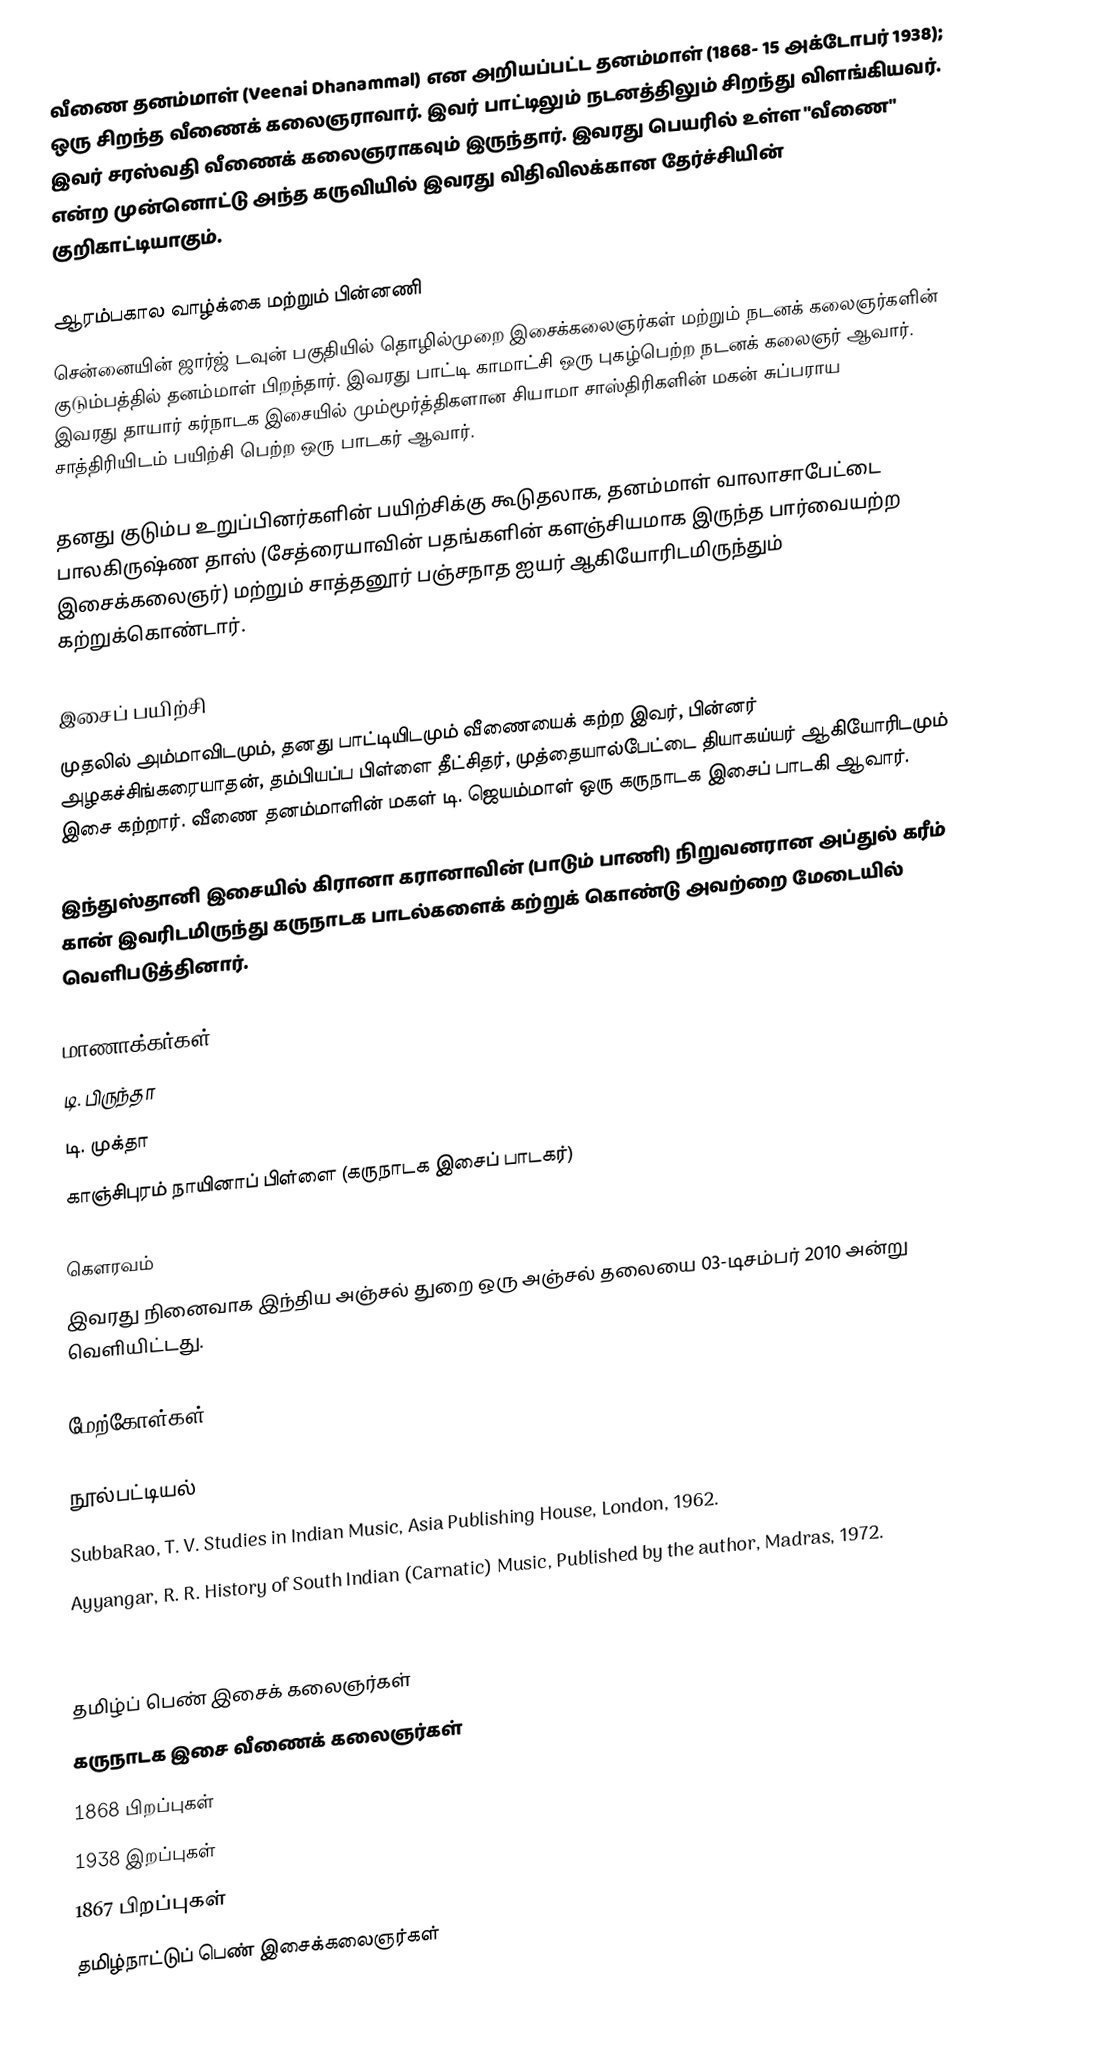
வீணை தனம்மாள் (Veenai Dhanammal) என அறியப்பட்ட தனம்மாள் (1868- 15 அக்டோபர் 1938); ஒரு சிறந்த வீணைக் கலைஞராவார். இவர் பாட்டிலும் நடனத்திலும் சிறந்து விளங்கியவர். இவர் சரஸ்வதி வீணைக் கலைஞராகவும் இருந்தார். இவரது பெயரில் உள்ள "வீணை" என்ற முன்னொட்டு அந்த கருவியில் இவரது விதிவிலக்கான தேர்ச்சியின் குறிகாட்டியாகும்.

ஆரம்பகால வாழ்க்கை மற்றும் பின்னணி
சென்னையின் ஜார்ஜ் டவுன் பகுதியில் தொழில்முறை இசைக்கலைஞர்கள் மற்றும் நடனக் கலைஞர்களின் குடும்பத்தில் தனம்மாள் பிறந்தார். இவரது பாட்டி காமாட்சி ஒரு புகழ்பெற்ற நடனக் கலைஞர் ஆவார். இவரது தாயார் கர்நாடக இசையில் மும்மூர்த்திகளான சியாமா சாஸ்திரிகளின் மகன் சுப்பராய சாத்திரியிடம் பயிற்சி பெற்ற ஒரு பாடகர் ஆவார்.

தனது குடும்ப உறுப்பினர்களின் பயிற்சிக்கு கூடுதலாக, தனம்மாள் வாலாசாபேட்டை பாலகிருஷ்ண தாஸ் (சேத்ரையாவின் பதங்களின் களஞ்சியமாக இருந்த பார்வையற்ற இசைக்கலைஞர்) மற்றும் சாத்தனூர் பஞ்சநாத ஐயர் ஆகியோரிடமிருந்தும் கற்றுக்கொண்டார்.

இசைப் பயிற்சி
முதலில் அம்மாவிடமும், தனது பாட்டியிடமும் வீணையைக் கற்ற இவர், பின்னர் அழகச்சிங்கரையாதன், தம்பியப்ப பிள்ளை தீட்சிதர், முத்தையால்பேட்டை தியாகய்யர் ஆகியோரிடமும் இசை கற்றார். வீணை தனம்மாளின் மகள் டி. ஜெயம்மாள் ஒரு கருநாடக இசைப் பாடகி ஆவார்.

இந்துஸ்தானி இசையில் கிரானா கரானாவின் (பாடும் பாணி) நிறுவனரான அப்துல் கரீம் கான் இவரிடமிருந்து கருநாடக பாடல்களைக் கற்றுக் கொண்டு அவற்றை மேடையில் வெளிபடுத்தினார்.

மாணாக்கர்கள்
 டி. பிருந்தா
 டி. முக்தா
 காஞ்சிபுரம் நாயினாப் பிள்ளை (கருநாடக இசைப் பாடகர்)

கௌரவம்
இவரது நினைவாக இந்திய அஞ்சல் துறை ஒரு அஞ்சல் தலையை 03-டிசம்பர் 2010 அன்று வெளியிட்டது.

மேற்கோள்கள்

நூல்பட்டியல்
SubbaRao, T. V. Studies in Indian Music, Asia Publishing House, London, 1962.
Ayyangar, R. R. History of South Indian (Carnatic) Music, Published by the author, Madras, 1972.
Pesch, Ludwig. The Illustrated Guide to South Indian Classical Music, New Delhi: Oxford University Press, 1999.

தமிழ்ப் பெண் இசைக் கலைஞர்கள்
கருநாடக இசை வீணைக் கலைஞர்கள்
1868 பிறப்புகள்
1938 இறப்புகள்
1867 பிறப்புகள்
தமிழ்நாட்டுப் பெண் இசைக்கலைஞர்கள்